Indian journal of veterinary science and animal husbandry - Volume 3,
Year: 1933
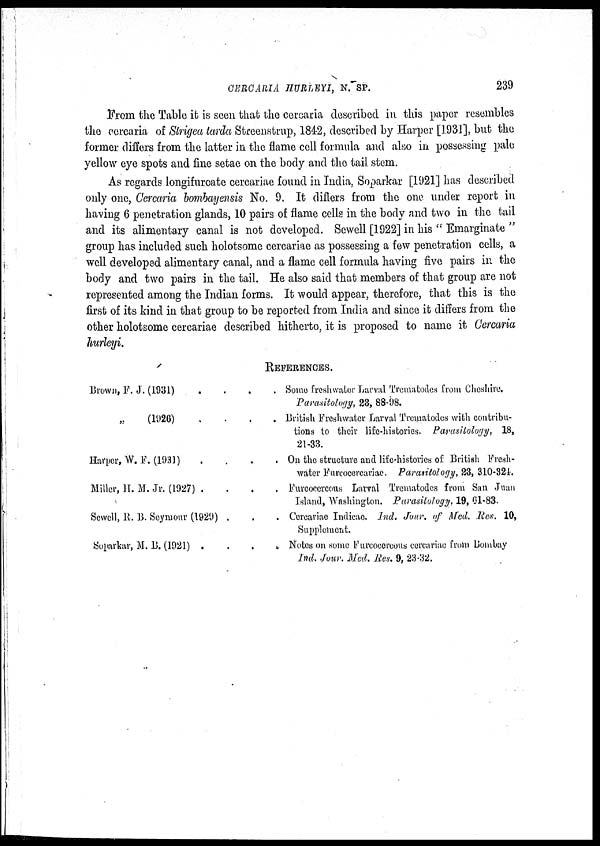
CERCARIA HURLEYI, N. SP.
239
From the Table it is seen that the cercaria described in this paper resembles
the cercaria of Strigea tarda Streenstrup, 1842, described by Harper [1931], but the
former differs from the latter in the flame cell formula and also in possessing pale
yellow eye spots and fine setae on the body and the tail stem.
As regards longifuroate cercariae found in India, Soparkar [1921] has described
only one, Cercaria bombayensis No. 9. It differs from the one under report in
having 6 penetration glands, 10 pairs of flame cells in the body and two in the tail
and its alimentary canal is not developed. Sewell [1922] in his " Emarginate "
group has included such holotsome cercariae as possessing a few penetration cells, a
well developed alimentary canal, and a flame cell formula having five pairs in the
body and two pairs in the tail. He also said that members of that group are not
represented among the Indian forms. It would appear, therefore, that this is the
first of its kind in that group to be reported from India and since it differs from the
other holotsome cercariae described hitherto, it is proposed to name it Cercaria
hurleyi.
REFERENCES.
Brown, F. J. (1931) . . . .
„ (1926) . . . .
Harper, W. F. (1931) . . . .
Miller, H. M. Jr. (1927) . . . .
Sewell, R. B. Seymour (1929) . . . .
Soparkar, M. 13. (1921) . . . .
Some freshwater Larval Trematodes from Cheshire.
Parasitology, 23, 88-98.
British Freshwater Larval Trematodes with contribu-
tions to their life-histories. Parasitology, 18,
21-33.
On the structure and life-histories of British Fresh-
water Furcocercariae. Parasitology, 23, 310-324.
Furcocercous Larval Trematodes from San Juan
Island, Washington. Parasitology. 19, 61-83.
Cercariae Indicae. Ind. Jour. of Med. Res. 10,
Supplement.
Notes on some Furcocercous cercariac from Bombay
Ind. Jour. Med. Res. 9, 23-32.